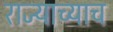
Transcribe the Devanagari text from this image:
राज्याच्याच